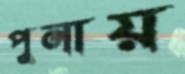
পুনায়